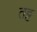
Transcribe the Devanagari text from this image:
तट्ट